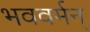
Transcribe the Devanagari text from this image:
भववर्मन्‌